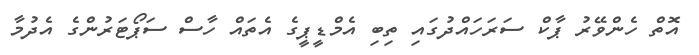
އޮތް ހެންވޭރު ޕާކް ސަރަހައްދުގައި ތިބި އެމްޑީޕީގެ އެތައް ހާސް ސަޕޯޓަރުންގެ އެދުމާ